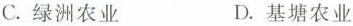
C.绿洲农业 D.基塘农业